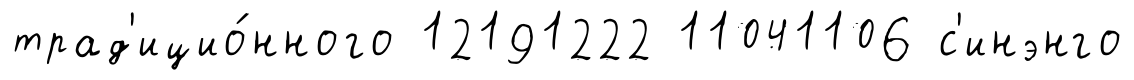
трад'ицио́нного 12191222 11041106 с'инэнго